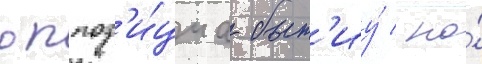
оппоз'и́циа быт'иу́ / но́